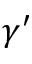
\gamma ^ { \prime }